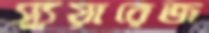
স্যুয়ারেজ